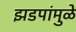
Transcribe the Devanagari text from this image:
झडपांमुळे